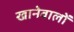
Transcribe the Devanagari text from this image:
खानेवालों